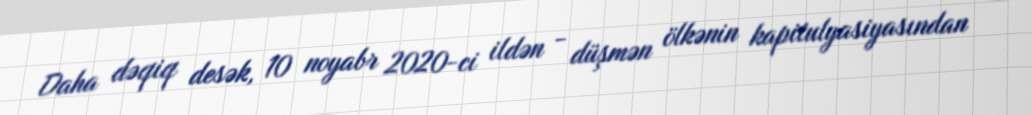
Daha dəqiq desək, 10 noyabr 2020-ci ildən - düşmən ölkənin kapitulyasiyasından